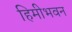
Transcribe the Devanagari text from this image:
हिमीभवन